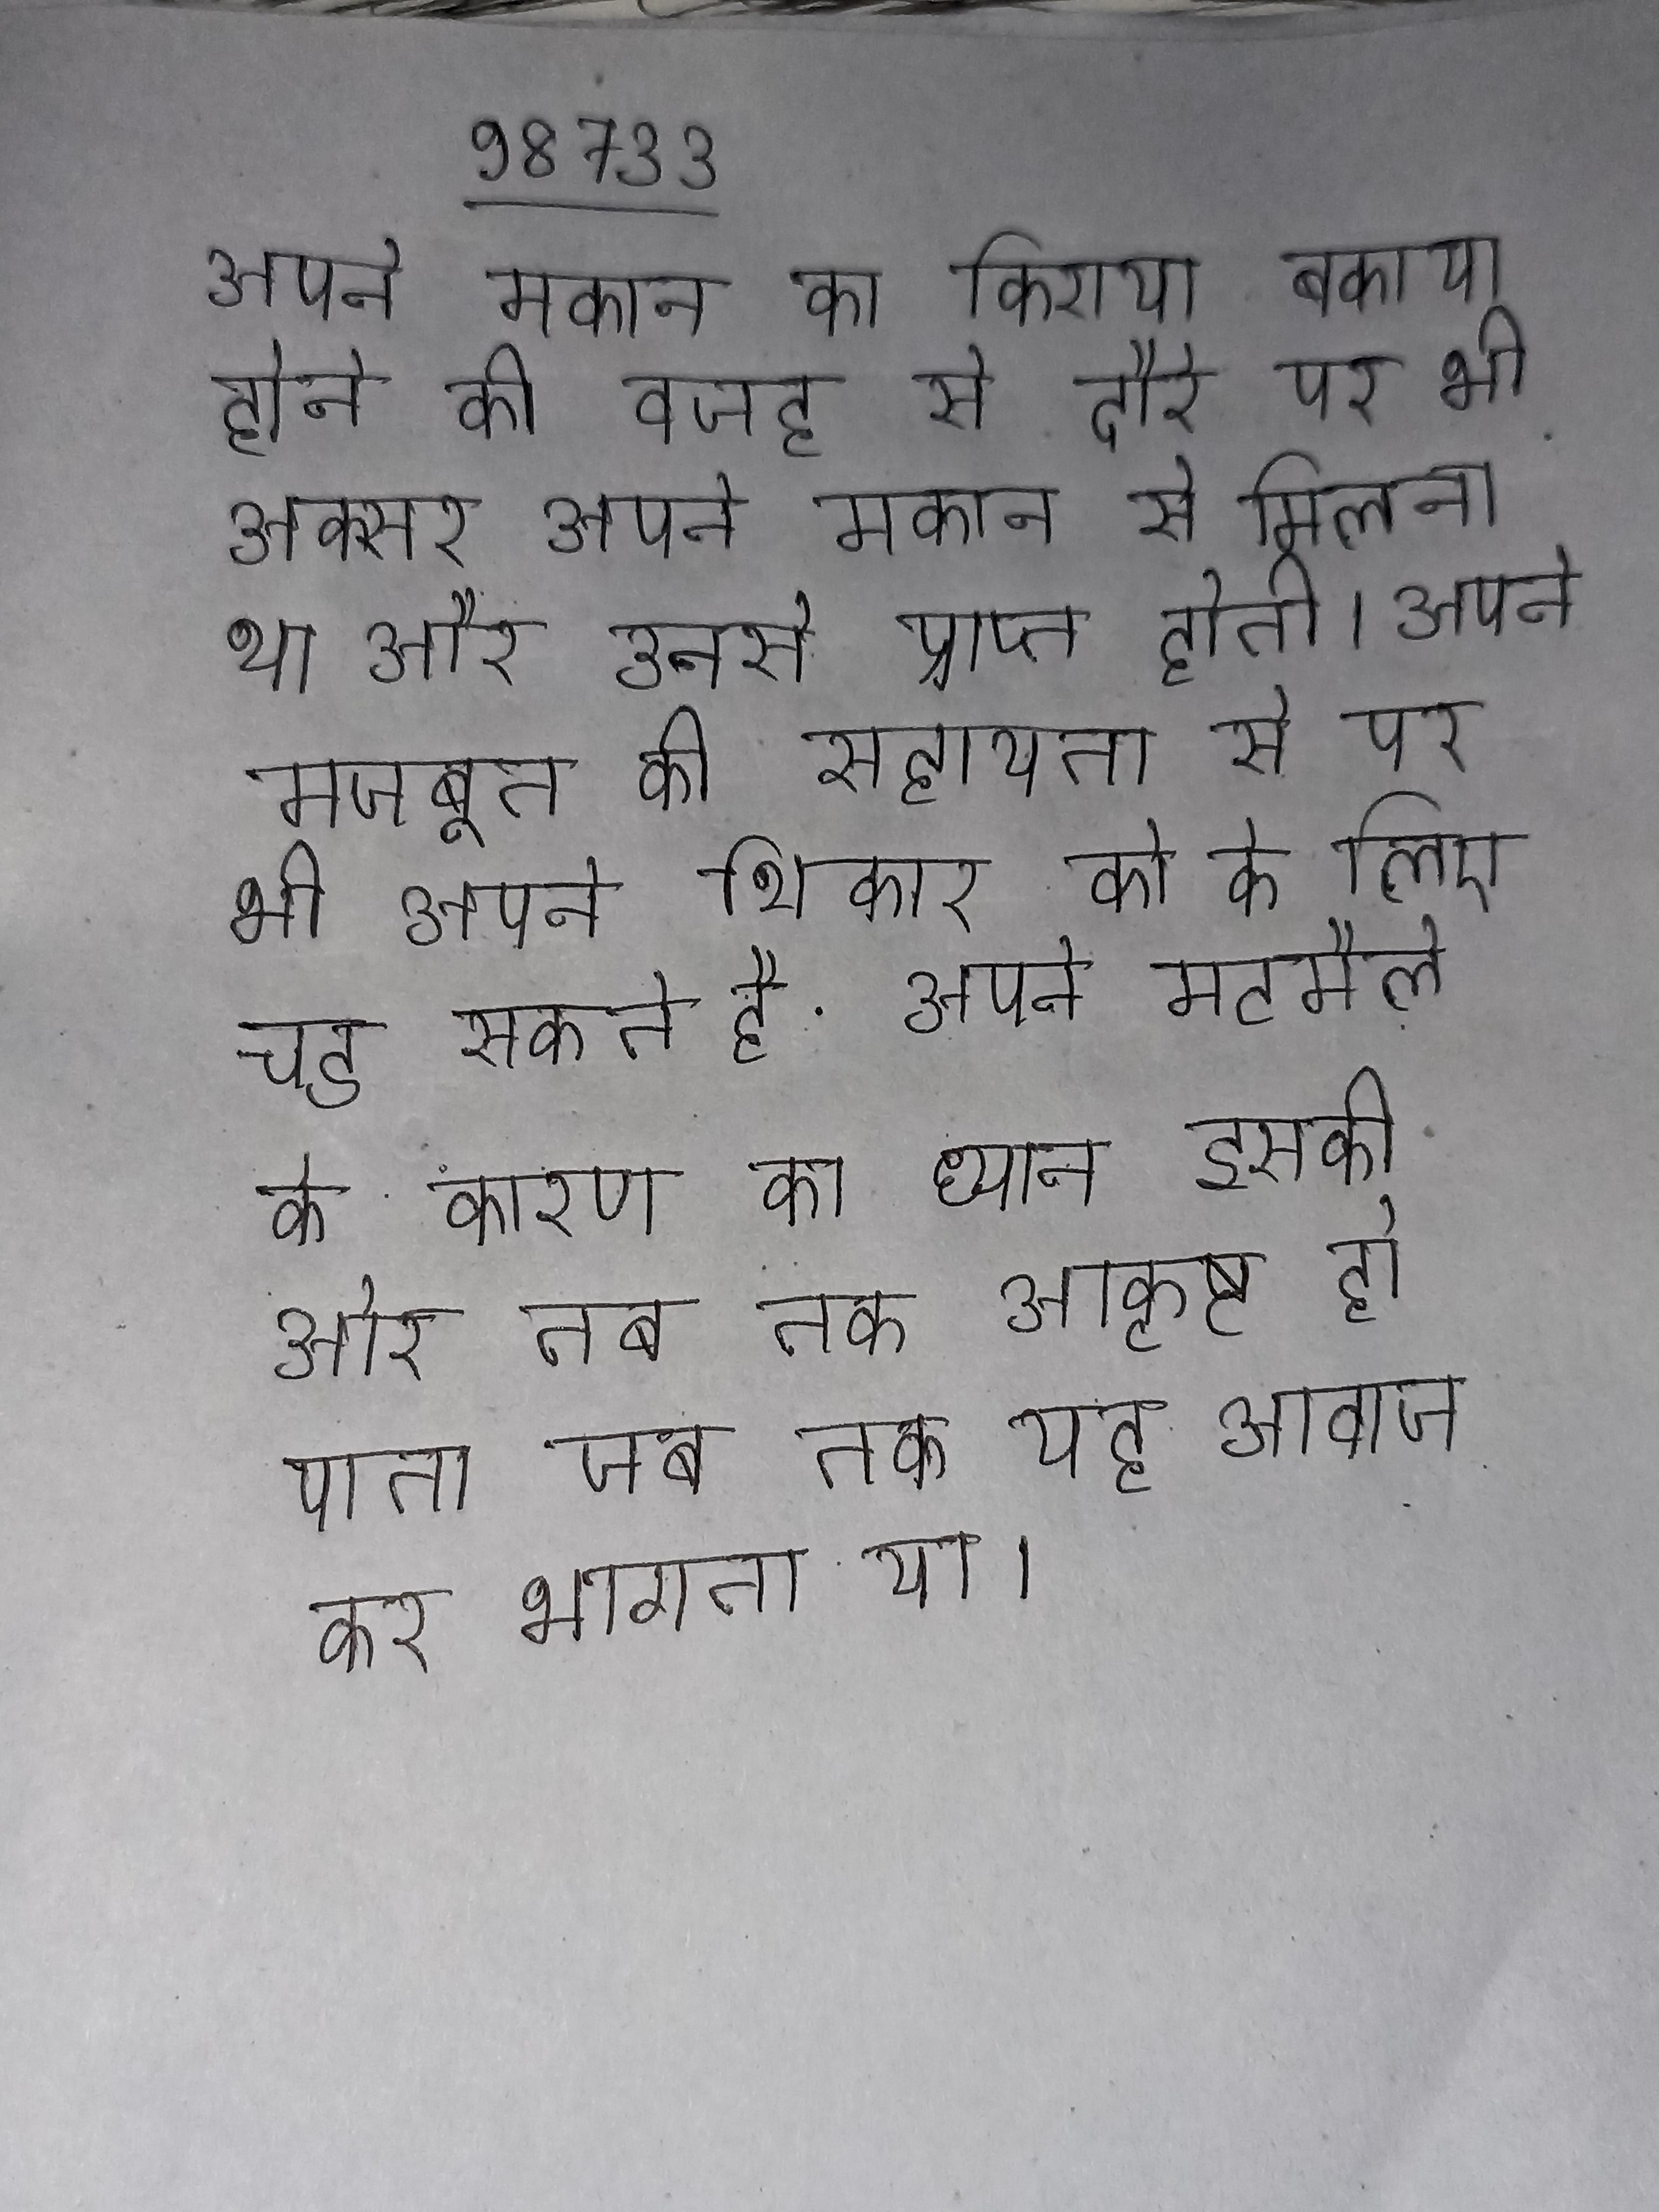
अपने मकान का किराया बकाया होने की वजह से दौरे पर भी अक्सर अपने मकान से मिलना था और उनसे प्राप्त होती । अपने मजबूत की सहायता से पर भी अपने शिकार को के लिए चड सकते है . अपने मटमैले के कारण का ध्यान इसकी ओर तब तक आकृष्ट हो पाता जब तक यह आवाज कर भागता या ।